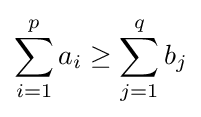
\sum _{i=1}^{p}a_{i}\geq \sum _{j=1}^{q}b_{j}